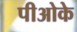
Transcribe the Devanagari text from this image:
पीओके